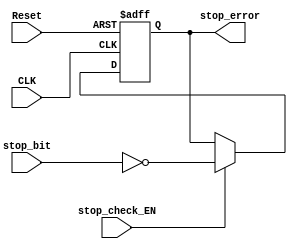
module stop_check (
    // input & output ports
    input  wire       CLK,
    input  wire       Reset,
    input  wire       stop_bit,        // STOP bit received 
    input  wire       stop_check_EN,   // enable signal 
    output reg        stop_error
);

wire stop_bit_check;
assign stop_bit_check = stop_bit == 1'b0; // error if not 1

always @(posedge CLK, negedge Reset) begin
    if (!Reset) begin
        stop_error <= 1'b0;
    end
    else if (stop_check_EN) begin
        stop_error <= stop_bit_check;
    end
end

endmodule